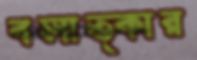
বলাত্কার